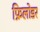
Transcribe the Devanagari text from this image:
फ्रिलोडर